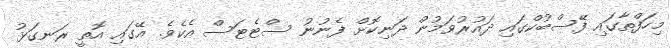
މިހަފްތާގައި ފޭސްބުކްގައި ދައުރުވަމުން ދަނިކޮށް ފެނުނު ސްޓެޓަސް އެކެވެ. އޭގައި އޮތީ ރަނގަޅު